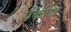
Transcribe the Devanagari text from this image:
यैंकीज